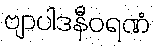
ဗျာပါဒနီဝရဏံ